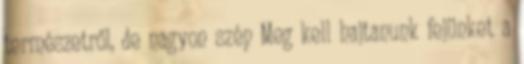
természetről, de nagyon szép Meg kell hajtanunk fejünket a